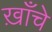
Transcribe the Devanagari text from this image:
ख़ाँचे